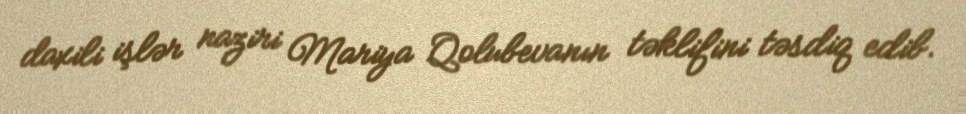
daxili işlər naziri Mariya Qolubevanın təklifini təsdiq edib.